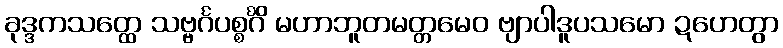
ခုဒ္ဒကသတ္ထေ သဗ္ဗင်္ဂပစ္စင်္ဂိံ မဟာဘူတမတ္တမေဝ ဗျာပါဒူပသမော ဍဟေတွာ